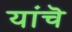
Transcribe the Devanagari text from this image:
यांचॆ